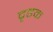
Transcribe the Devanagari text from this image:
दृढक